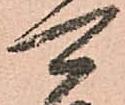
可